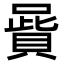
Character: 𠽷